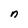
Character: n